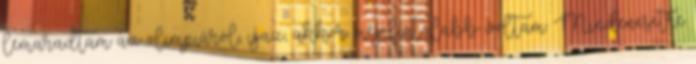
lemaradtam az olimpiáról, igaz, akkor még fiatalabb voltam. Mindenesetre